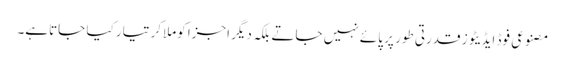
مصنوعی فوڈ ایڈیٹوز قدرتی طور پر پائے نہیں جاتے بلکہ دیگر اجزا کوملاکر تیار کیا جاتاہے۔